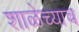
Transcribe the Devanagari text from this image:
शाळेच्याच